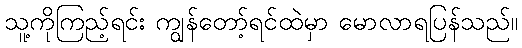
သူ့ကိုကြည့်ရင်း ကျွန်တော့်ရင်ထဲမှာ မောလာရပြန်သည်။